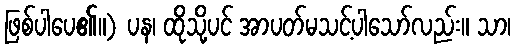
ဖြစ်ပါပေ၏။) ပန၊ ထိုသို့ပင် အာပတ်မသင့်ပါသော်လည်း။ သာ၊